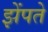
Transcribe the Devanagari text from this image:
झेंपते